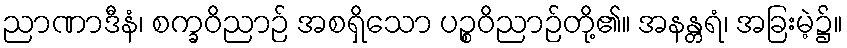
ညာဏာဒီနံ၊ စက္ခဝိညာဉ် အစရှိသော ပဉ္စဝိညာဉ်တို့၏။ အနန္တရံ၊ အခြးမဲ့၌။